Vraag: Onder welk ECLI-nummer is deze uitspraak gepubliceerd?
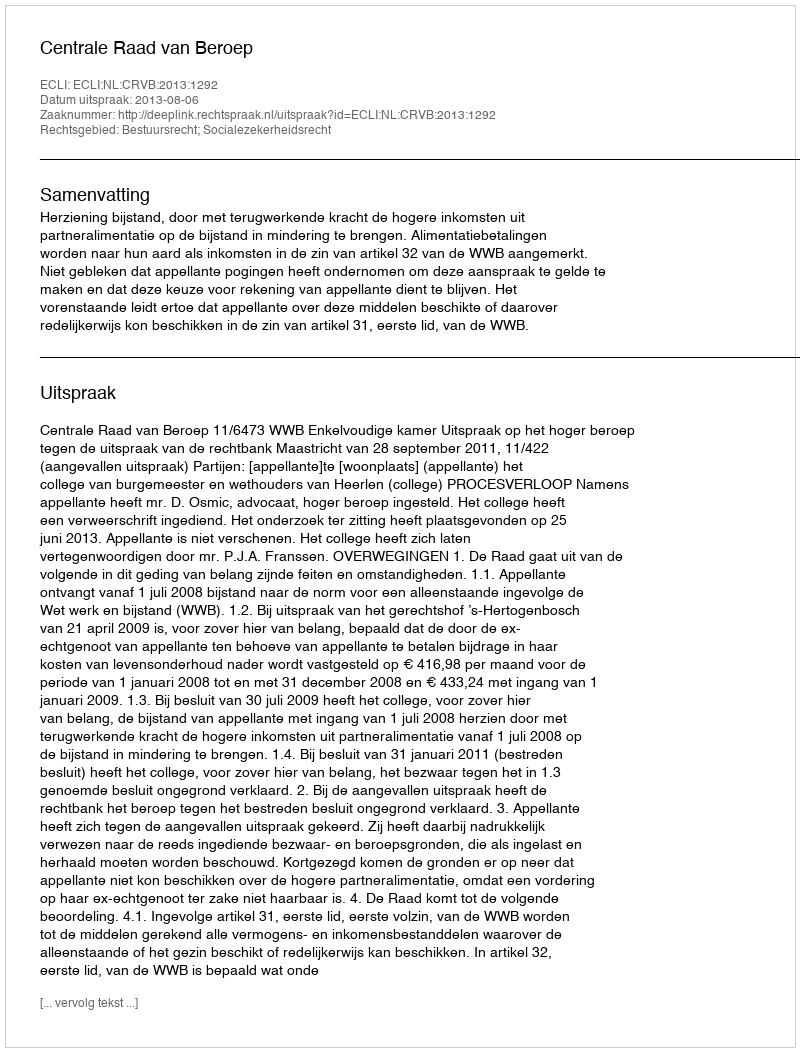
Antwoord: ECLI:NL:CRVB:2013:1292